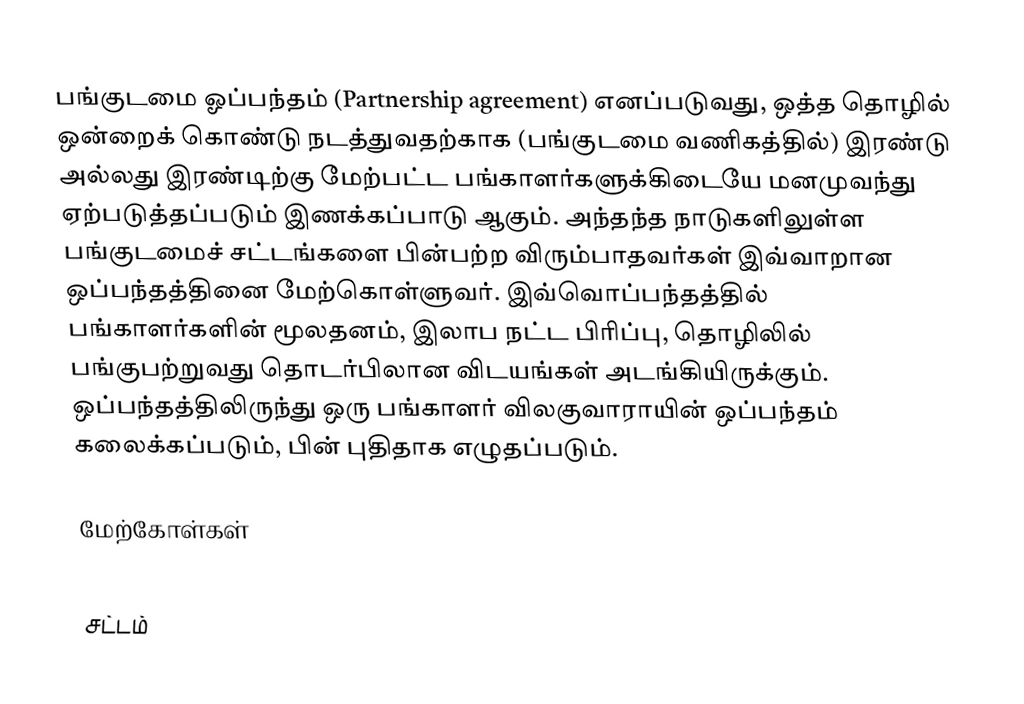
பங்குடமை ஓப்பந்தம் (Partnership agreement) எனப்படுவது, ஒத்த தொழில் ஒன்றைக் கொண்டு நடத்துவதற்காக (பங்குடமை வணிகத்தில்) இரண்டு அல்லது இரண்டிற்கு மேற்பட்ட பங்காளர்களுக்கிடையே மனமுவந்து ஏற்படுத்தப்படும் இணக்கப்பாடு ஆகும். அந்தந்த நாடுகளிலுள்ள பங்குடமைச் சட்டங்களை பின்பற்ற விரும்பாதவர்கள் இவ்வாறான ஒப்பந்தத்தினை மேற்கொள்ளுவர். இவ்வொப்பந்தத்தில் பங்காளர்களின் மூலதனம், இலாப நட்ட பிரிப்பு, தொழிலில் பங்குபற்றுவது தொடர்பிலான விடயங்கள் அடங்கியிருக்கும். ஒப்பந்தத்திலிருந்து ஒரு பங்காளர் விலகுவாராயின் ஒப்பந்தம் கலைக்கப்படும், பின் புதிதாக எழுதப்படும்.

மேற்கோள்கள்

சட்டம்